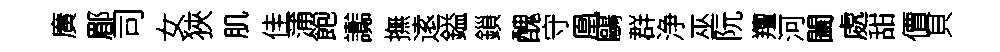
廣郿司女狹肌佳蒲飽讟撫逺鎰鎻醜守凰鷗群浄巫阮羶河闔處甜價貝